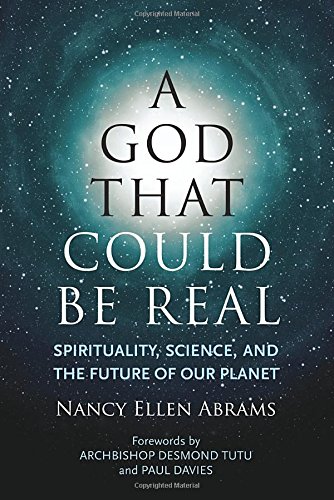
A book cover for A God That Could Be Real: Spirituality, Science, and the Future of Our Planet; Nancy Ellen Abrams; Religion & Spirituality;